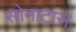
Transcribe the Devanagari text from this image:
सोनाटास